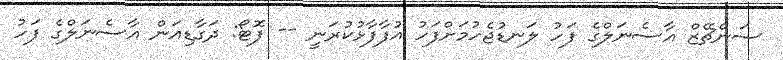
ސަންޗޭޒް އާސެނަލްގެ ފަހު ލަނޑުޖެހުމަށްފަހު އުފާފާޅުކުރަނީ -- ފޮޓޯ: ދަގާޑިއަން އާސެނަލްގެ ފަހު